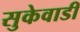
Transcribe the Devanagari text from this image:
सुकेवाडी